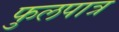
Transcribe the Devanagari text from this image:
फुलपात्र